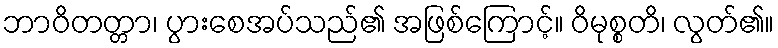
ဘာဝိတတ္တာ၊ ပွားစေအပ်သည်၏ အဖြစ်ကြောင့်။ ဝိမုစ္စတိ၊ လွတ်၏။